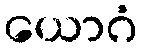
ယောဂံ